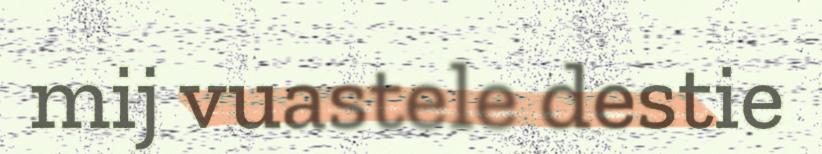
mij vuastele destie